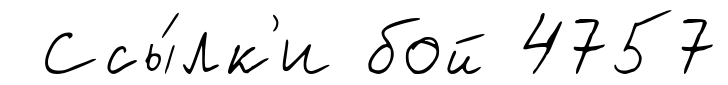
Ссы́лк'и бой 4757